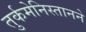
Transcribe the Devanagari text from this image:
तुर्कमेनिस्तानने